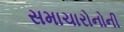
સમાચારોનોની